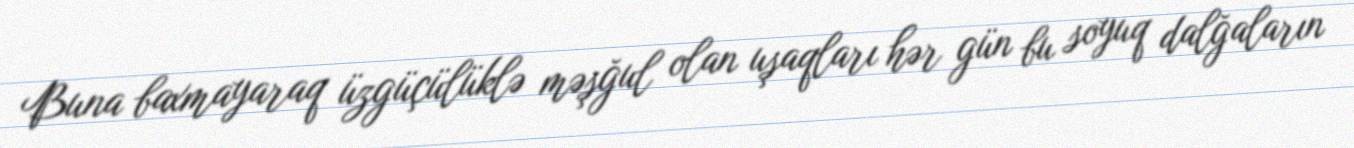
Buna baxmayaraq üzgüçülüklə məşğul olan uşaqları hər gün bu soyuq dalğaların